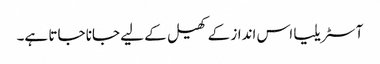
آسٹریلیا اس انداز کے کھیل کے لیے جانا جاتا ہے۔